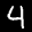
Digit: 4